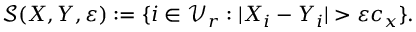
\begin{array} { r } { \mathcal { S } ( X , Y , \varepsilon ) : = \{ i \in \mathcal { V } _ { r } : | X _ { i } - Y _ { i } | > \varepsilon c _ { x } \} . } \end{array}